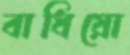
বাধিয়ো